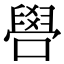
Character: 𠿟